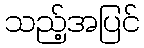
သည့်အပြင်